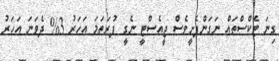
ގިނަ ޓެކްސްތައް ނަގަންފެށީވެސް ޖީއެސްޓީ ނެގީ ފުރަތަމަ އަހަރު 3% ދެވަނަ އަހަރު